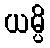
ယမ္ပိ